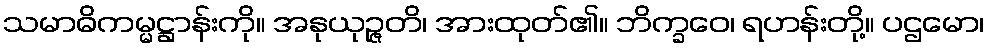
သမာဓိကမ္မဋ္ဌာန်းကို။ အနုယုဉ္ဇတိ၊ အားထုတ်၏။ ဘိက္ခဝေ၊ ရဟန်းတို့။ ပဌမော၊